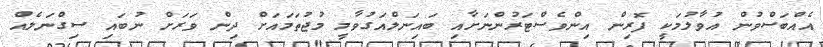
އެއްބަސްވުން އުވާލުމަކީ ފޮރިން އިންވެސްޓަރުންނަށާއި ބައިނަލްއަގުވާމީ މުޖުތަމައަށް ދިން ވަރަށް ނުބައި ސިގްނަލެއް